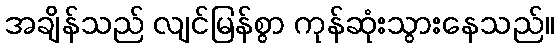
အချိန်သည် လျင်မြန်စွာ ကုန်ဆုံးသွားနေသည်။